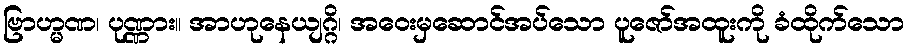
ဗြာဟ္မဏ၊ ပုဏ္ဏား။ အာဟုနေယျဂ္ဂိ၊ အဝေးမှဆောင်အပ်သော ပူဇော်အထူးကို ခံထိုက်သော